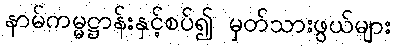
နာမ်ကမ္မဋ္ဌာန်းနှင့်စပ်၍ မှတ်သားဖွယ်များ